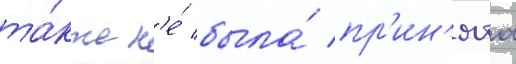
та́кже н'е́ была́ пр'ин'ята